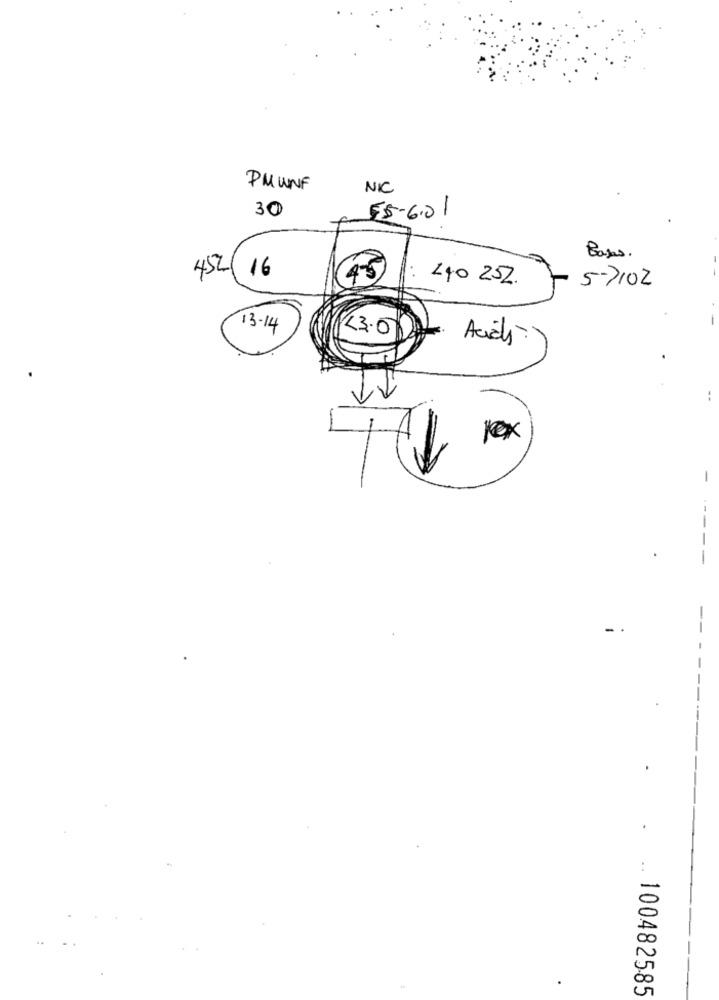
PMWNF
NIC
30
55-6.01
Bajas.
452(16
45
240 252.
5-7102
-
13-14
L3.0
Acids
Rex
-
--
-
..
100482585